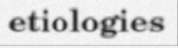
etiologies